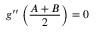
g ^ { \prime \prime } \left( \frac { A + B } { 2 } \right) = 0